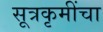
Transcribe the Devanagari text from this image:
सूत्रकृमींचा